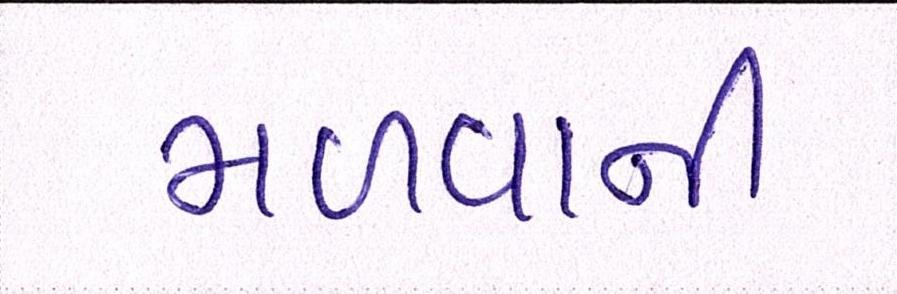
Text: મળવાની